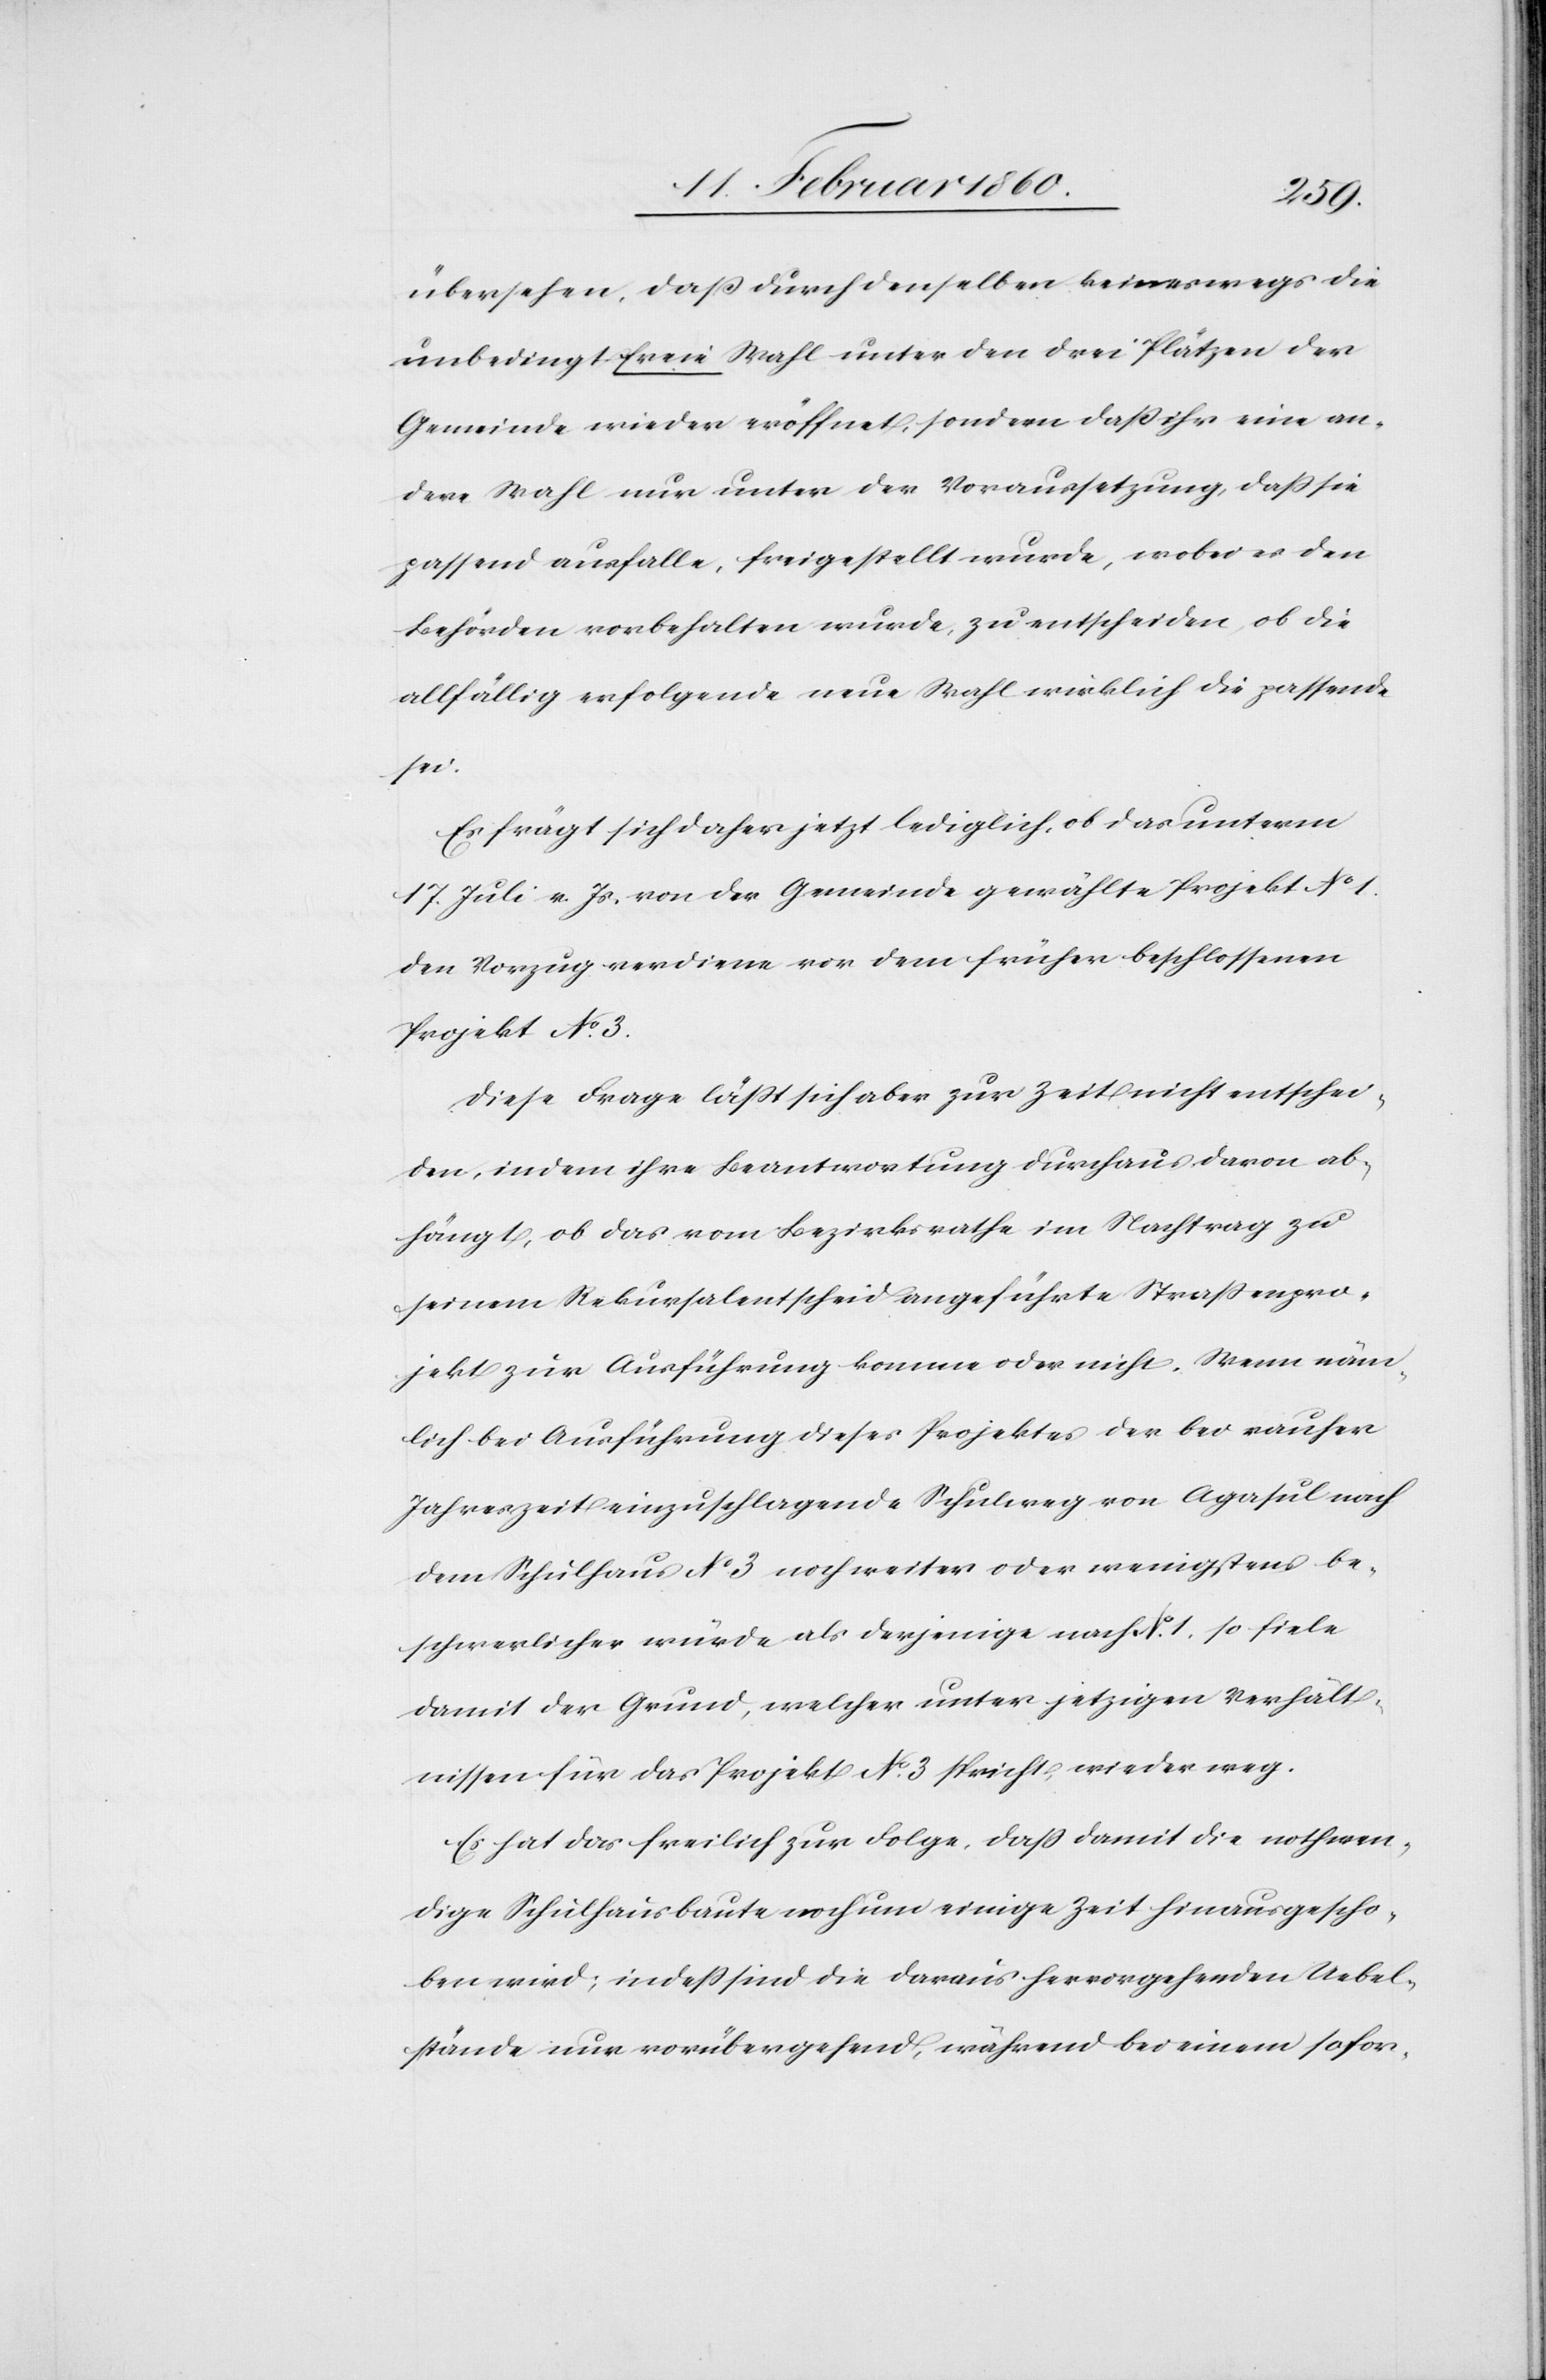
übersehen, dass durch denselben keineswegs die
unbedingt freie Wahl unter den drei Plätzen der
Gemeinde wider eröffnet, sondern dass ihr eine an¬
dere Wahl nur unter der Voraussetzung, dass sie
passend ausfalle, freigestellt wurde, wobei es den
Behörden vorbehalten wurde, zu entschieden, ob die
allfällig erfolgende neue Wahl wirklich die passende
sei.
Es frägt sich daher jetzt lediglich, ob das unterm
17. Juli v. Js. von der Gemeinde gewählte Projekt No
den Vorzug verdiene vor dem früher beschlossenen
Projekt No 3.
Diese Frage lässt sich aber zur Zeit nicht entschei¬
den, indem ihre Beantwortung durchaus davon ab¬
hängt, ob das vom Bezirksrathe im Nachtrag zu
seinem Rekursalentscheid angeführte Strassenpro¬
jekt zur Ausführung komme oder nicht. Wenn näm¬
lich bei Ausführung dieses Projektes der bei rauher
Jahreszeit einzuschlagende Schulweg von Agasul nach
dem Schulhaus No 3. noch weiter oder wenigstens be¬
schwerlicher würde als derjenige nach No 1, so fiele
damit der Grund, welcher unter jetzigen Verhält¬
nissen für das Projekt No 3. spricht, wieder weg.
Es hat das freilich zur Folge, dass damit die nothwen¬
dige Schulhausbaute noch um einige Zeit herausgescho¬
ben wird, indess sind die daraus hervorgehenden Uebel¬
stände nur vorübergehend, während bei einem sofor-